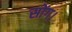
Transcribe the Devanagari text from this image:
सोंग।